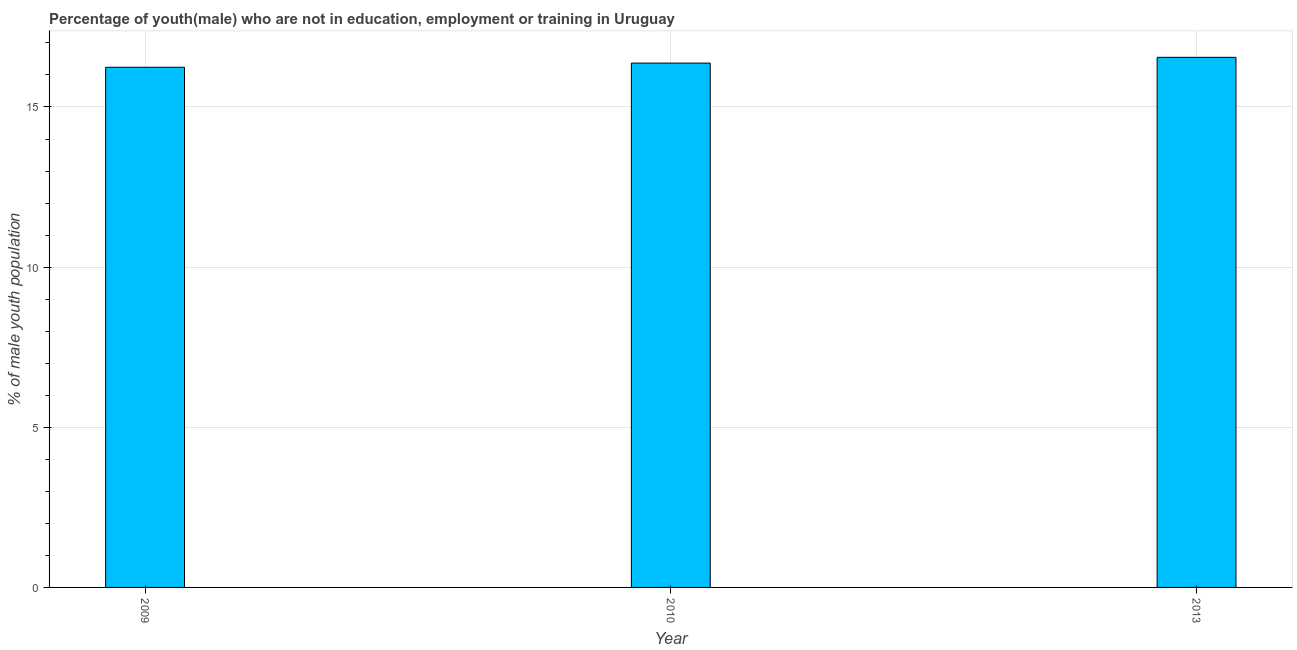
| Year | Unemployed(male) |
 | --- | --- |
 | 2009 | 16.2 |
 | 2010 | 16.4 |
 | 2013 | 16.5 |